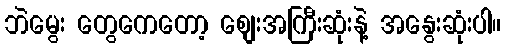
ဘဲမွေး တွေကေတော့ စျေးအကြီးဆုံးနဲ့ အနွေးဆုံးပါ။